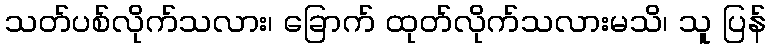
သတ်ပစ်လိုက်သလား၊ ခြောက် ထုတ်လိုက်သလားမသိ၊ သူ ပြန်